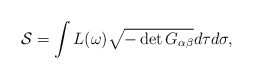
\begin{align*}{\cal S}=\int L(\omega)\sqrt{-\det G_{\alpha\beta}}d\tau d\sigma,\end{align*}